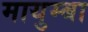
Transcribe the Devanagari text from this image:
मायुम्बा